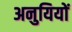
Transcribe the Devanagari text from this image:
अनुयियों